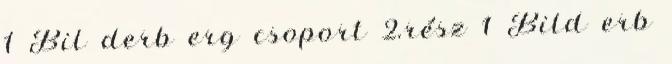
1 Bil derb erg csoport 2.rész 1 Bild erb